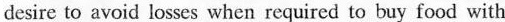
desire to avoid losses when required to buy food with